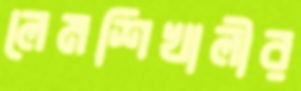
লেমশিখালীর